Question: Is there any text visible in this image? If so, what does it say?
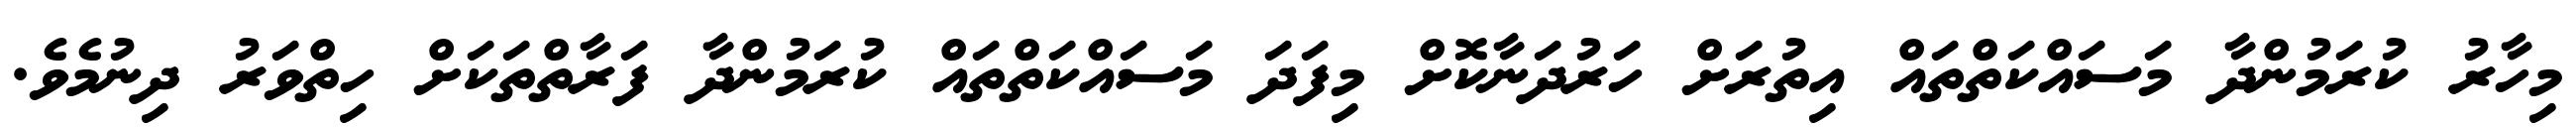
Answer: މިހާރު ކުރަމުންދާ މަސައްކަތްތައް އިތުރަށް ހަރުދަނާކޮށް މިފަދަ މަސައްކަތްތައް ކުރަމުންދާ ފަރާތްތަކަށް ހިތްވަރު ދިނުމެވެ.